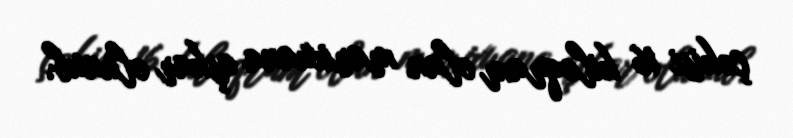
çəkisi 16 kiloqram olan marixuana aşkar olunub.